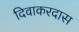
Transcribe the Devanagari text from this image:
दिवाकरदास